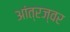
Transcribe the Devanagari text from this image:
आंत्रज्वर